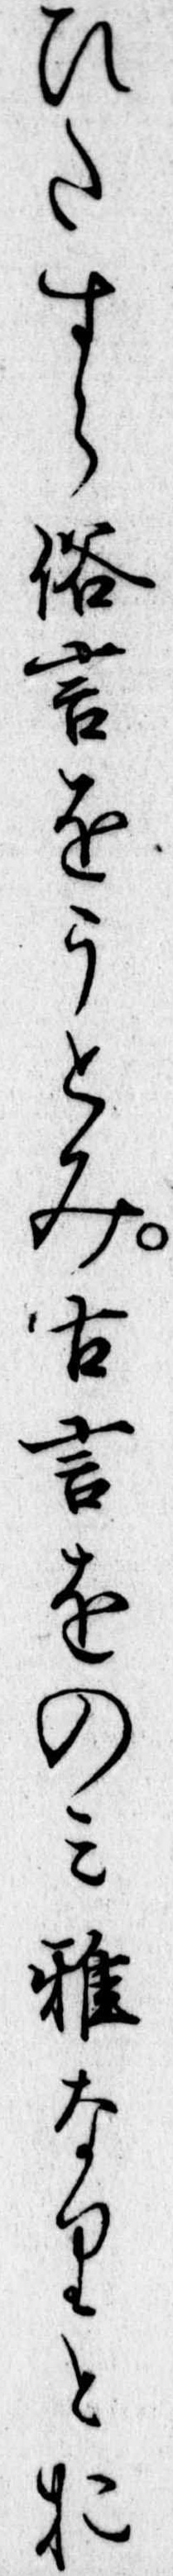
ひたすら俗言をうとみ古言をのみ雅なりとお